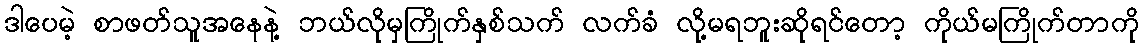
ဒါပေမဲ့ စာဖတ်သူအနေနဲ့ ဘယ်လိုမှကြိုက်နှစ်သက် လက်ခံ လို့မရဘူးဆိုရင်တော့ ကိုယ်မကြိုက်တာကို